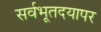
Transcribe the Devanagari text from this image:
सर्वभूतदयापर